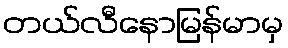
တယ်လီနောမြန်မာမှ